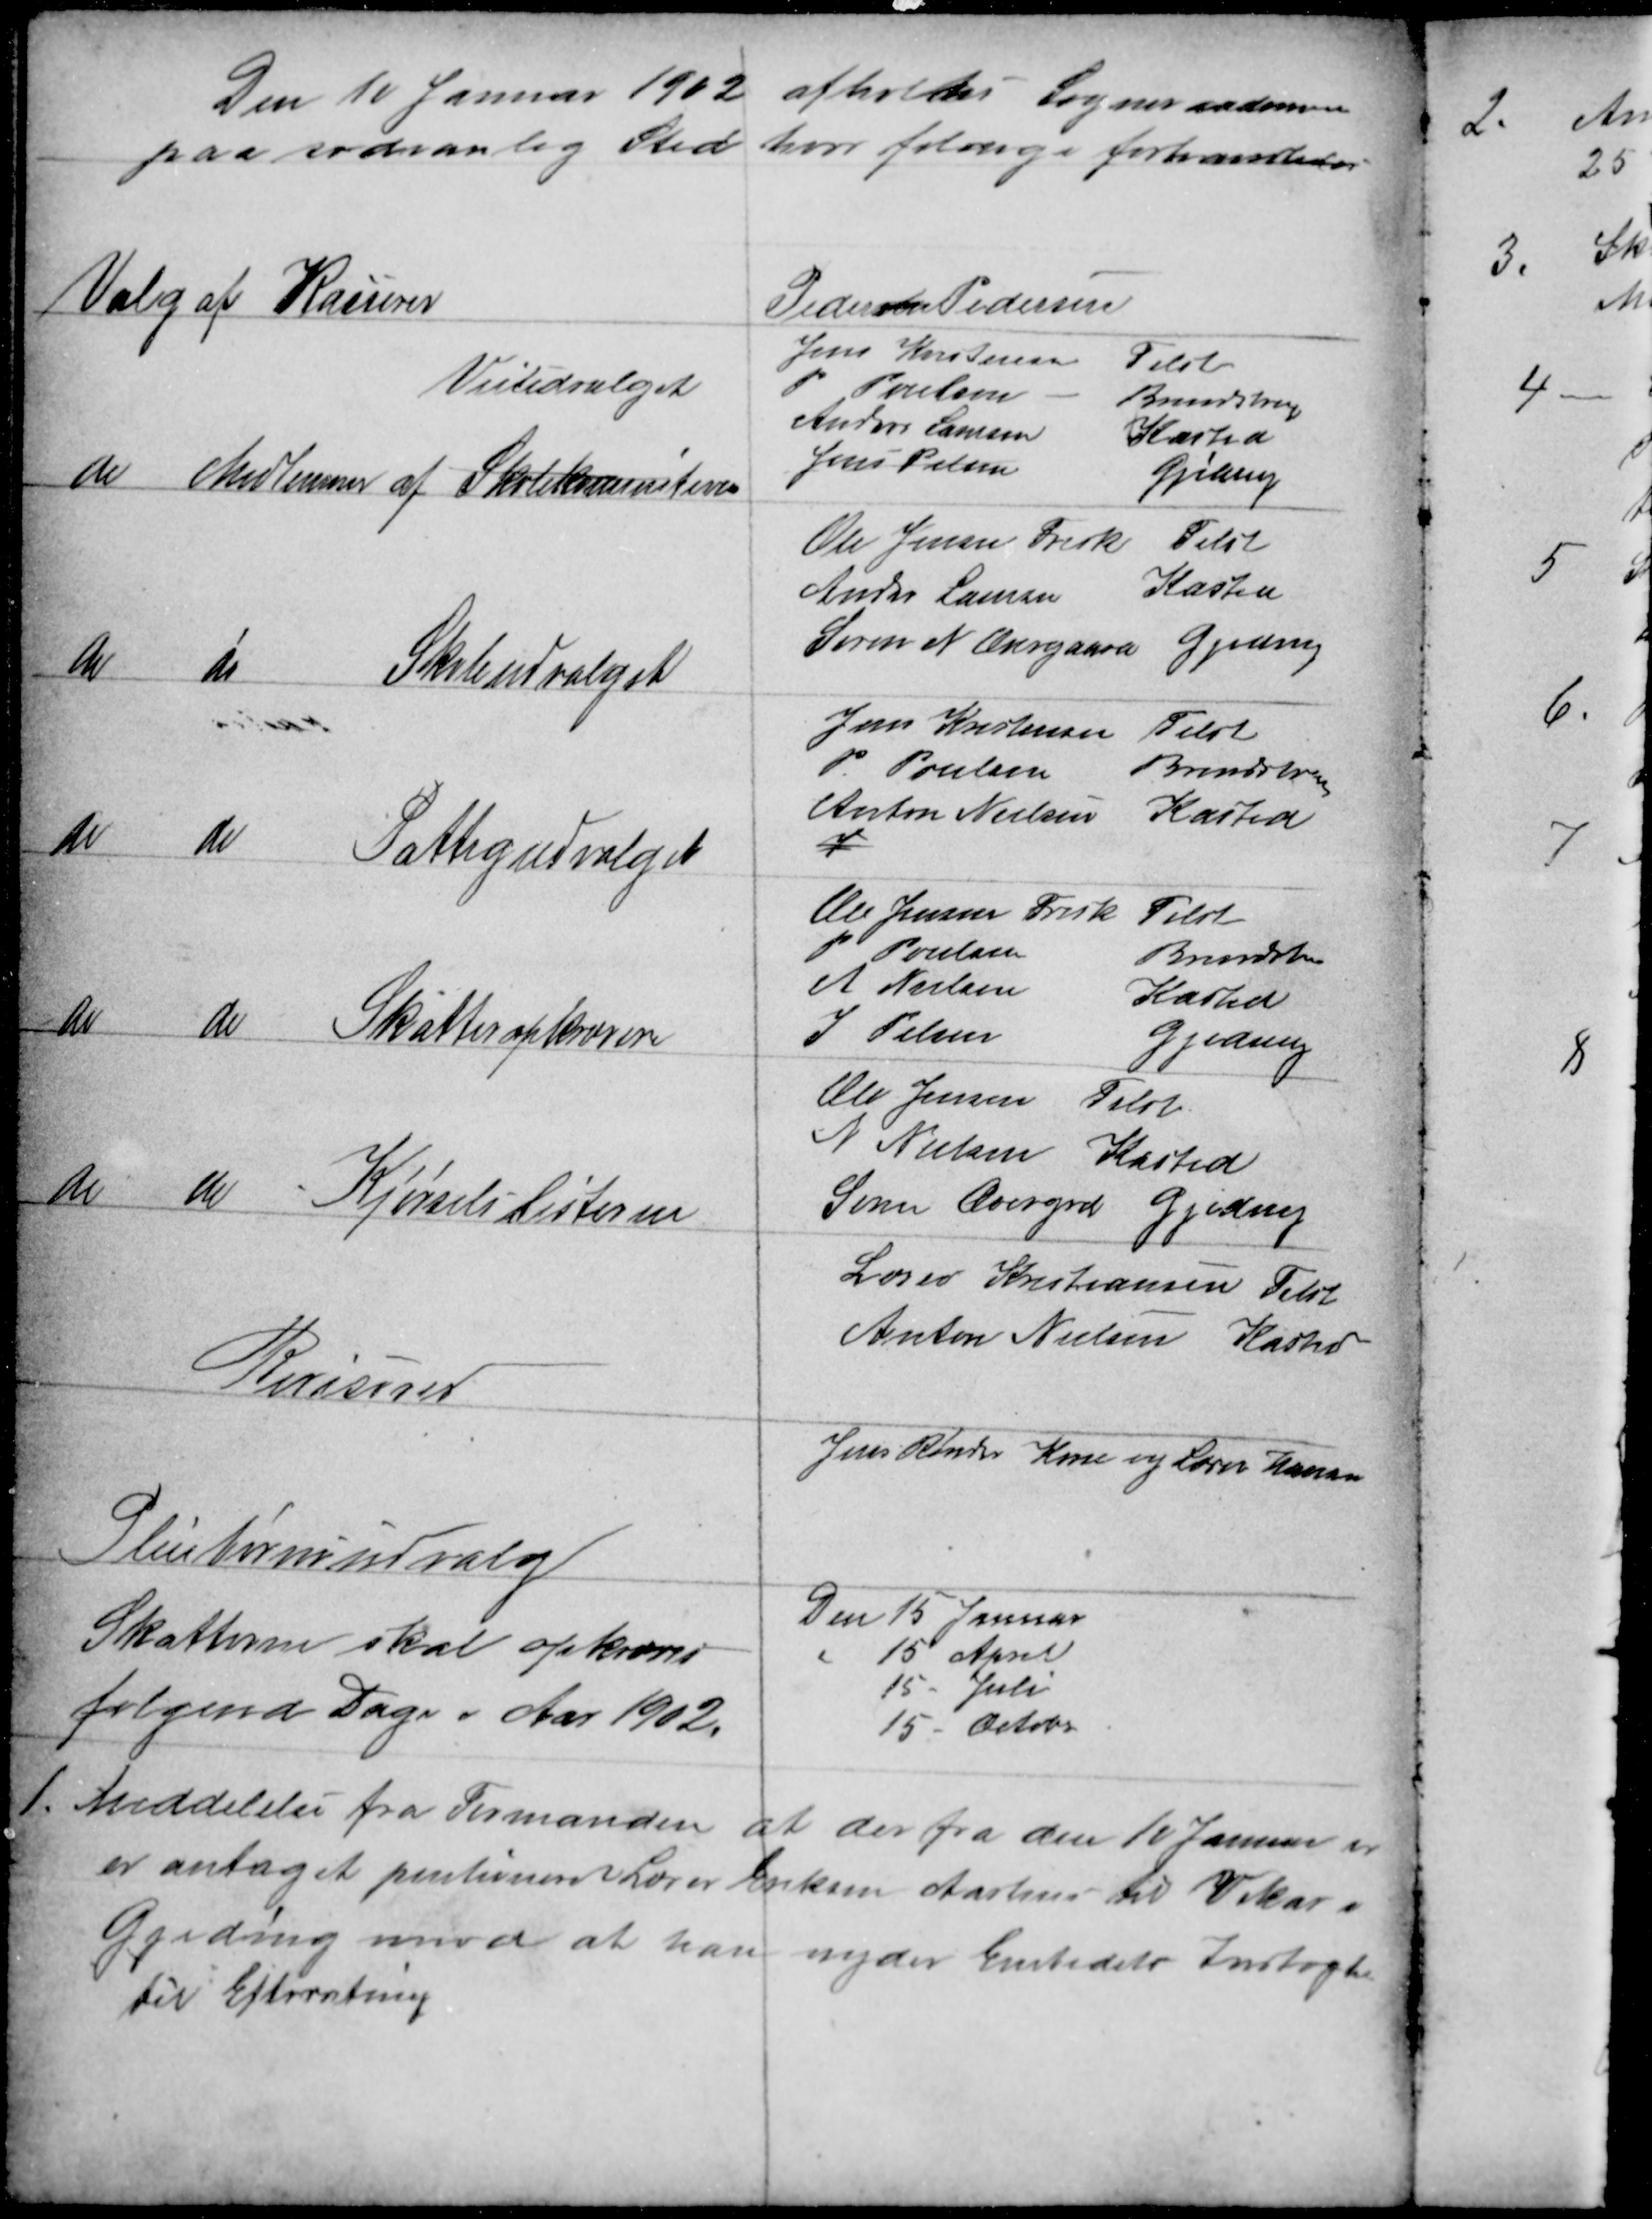
Transskription:
Den 10 Januar 1902 afholdtes Sogneraadsmøde
paa sædvanlig Sted hvor føldenge forhandledes
Valg af Kasserer
Pedersen Pedersen
do
Medlemmer af Skolekommitionen
Veiudvalget
Jens Kristensen
Tilst
P Poulsen
Brendstrup
Anders Laursen
Kasted
Jens Pelsen
Gjeding
do
do
Skoleudvalget
Ole Jensen Frisk
Tilst
Anders Laursen
Kasted
Søren N Overgaard
Gjeding
do
do
Fattigudvalget
Jens Kristensen
Tilst
P. Poulsen
Brendstrup
Anton Nielsen
Kasted
V
do
do
Skatteopkrævere
Ole Jensen Frisk
Tilst
P Poulsen
Brendstrup
A Nielsen
Kasted
S Pelsen
Gjeding
do
do
Kjørselslisterne
Ole Jensen Tilst
A Nielsen Kasted
Søren Overgrd Gjeding
Revisorer
Lærer Kristiansen Tilst
Anton Nielsen Kasted
Pleiebørnsudvalg
Jens Røndes Kone og Lærer Hansen
Skatterne skal opkræves
følgende Dage i Aar 1902.
Den 15 Januar
15 April
15 Juli
15 October
1. Meddelelse fra Formanden at der fra den 10 Januar er
er antaget pentioneret Lærer Eriksen Aarhus til Vikar i
Gjeding imod at han nyder Embedets Indtægt
Til Efterretning